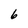
Character: 6